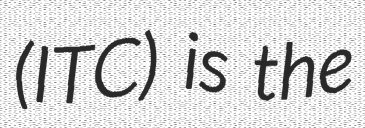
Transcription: (ITC) is the